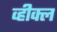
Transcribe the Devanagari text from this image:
व्हीक्ल